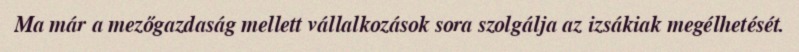
Ma már a mezőgazdaság mellett vállalkozások sora szolgálja az izsákiak megélhetését.